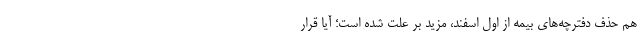
هم حذف دفترچه‌های بیمه از اول اسفند، مزید بر علت شده است؛ آیا قرار